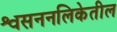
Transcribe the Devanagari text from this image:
श्वसननलिकेतील